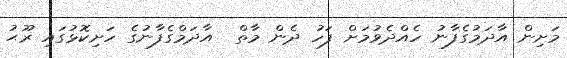
މަށިން އާދަމުގެފާނު ހެއްދެވުމަށް ފަހު ދެން މާތް  އާދަމްގެފާނުގެ ހަށިކޮޅުގައި ރޫޙު